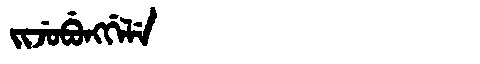
Manchu: ᠵᡳᠵᡠᠪᡠᠩᡤᡝᠯᡝ
Romanization: JIJUBUNGGELE